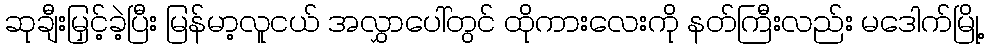
ဆုချီးမြှင့်ခဲ့ပြီး မြန်မာ့လူငယ် အလွှာပေါ်တွင် ထိုကားလေးကို နတ်ကြီးလည်း မဒေါက်မြို့